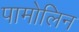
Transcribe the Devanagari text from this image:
पामोलिन